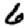
Digit: 6